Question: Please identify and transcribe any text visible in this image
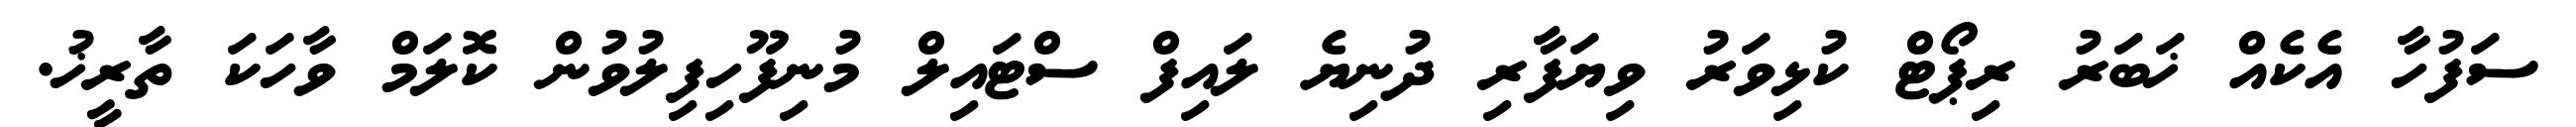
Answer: ސަފުހާ އެކެއް ޚަބަރު ރިޕޯޓް ކުޅިވަރު ވިޔަފާރި ދުނިޔެ ލައިފް ސްޓައިލް މުނިފޫހިފިލުވުން ކޮލަމް ވާހަކަ ތާރީޚު.